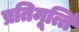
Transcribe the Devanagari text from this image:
प्रतिमूर्त्ति